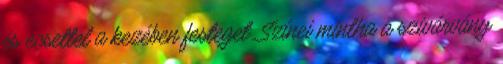
és ecsettel a kezében festeget. Színei mintha a szivárvány